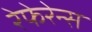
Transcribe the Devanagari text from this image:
रेफेरेन्‍स